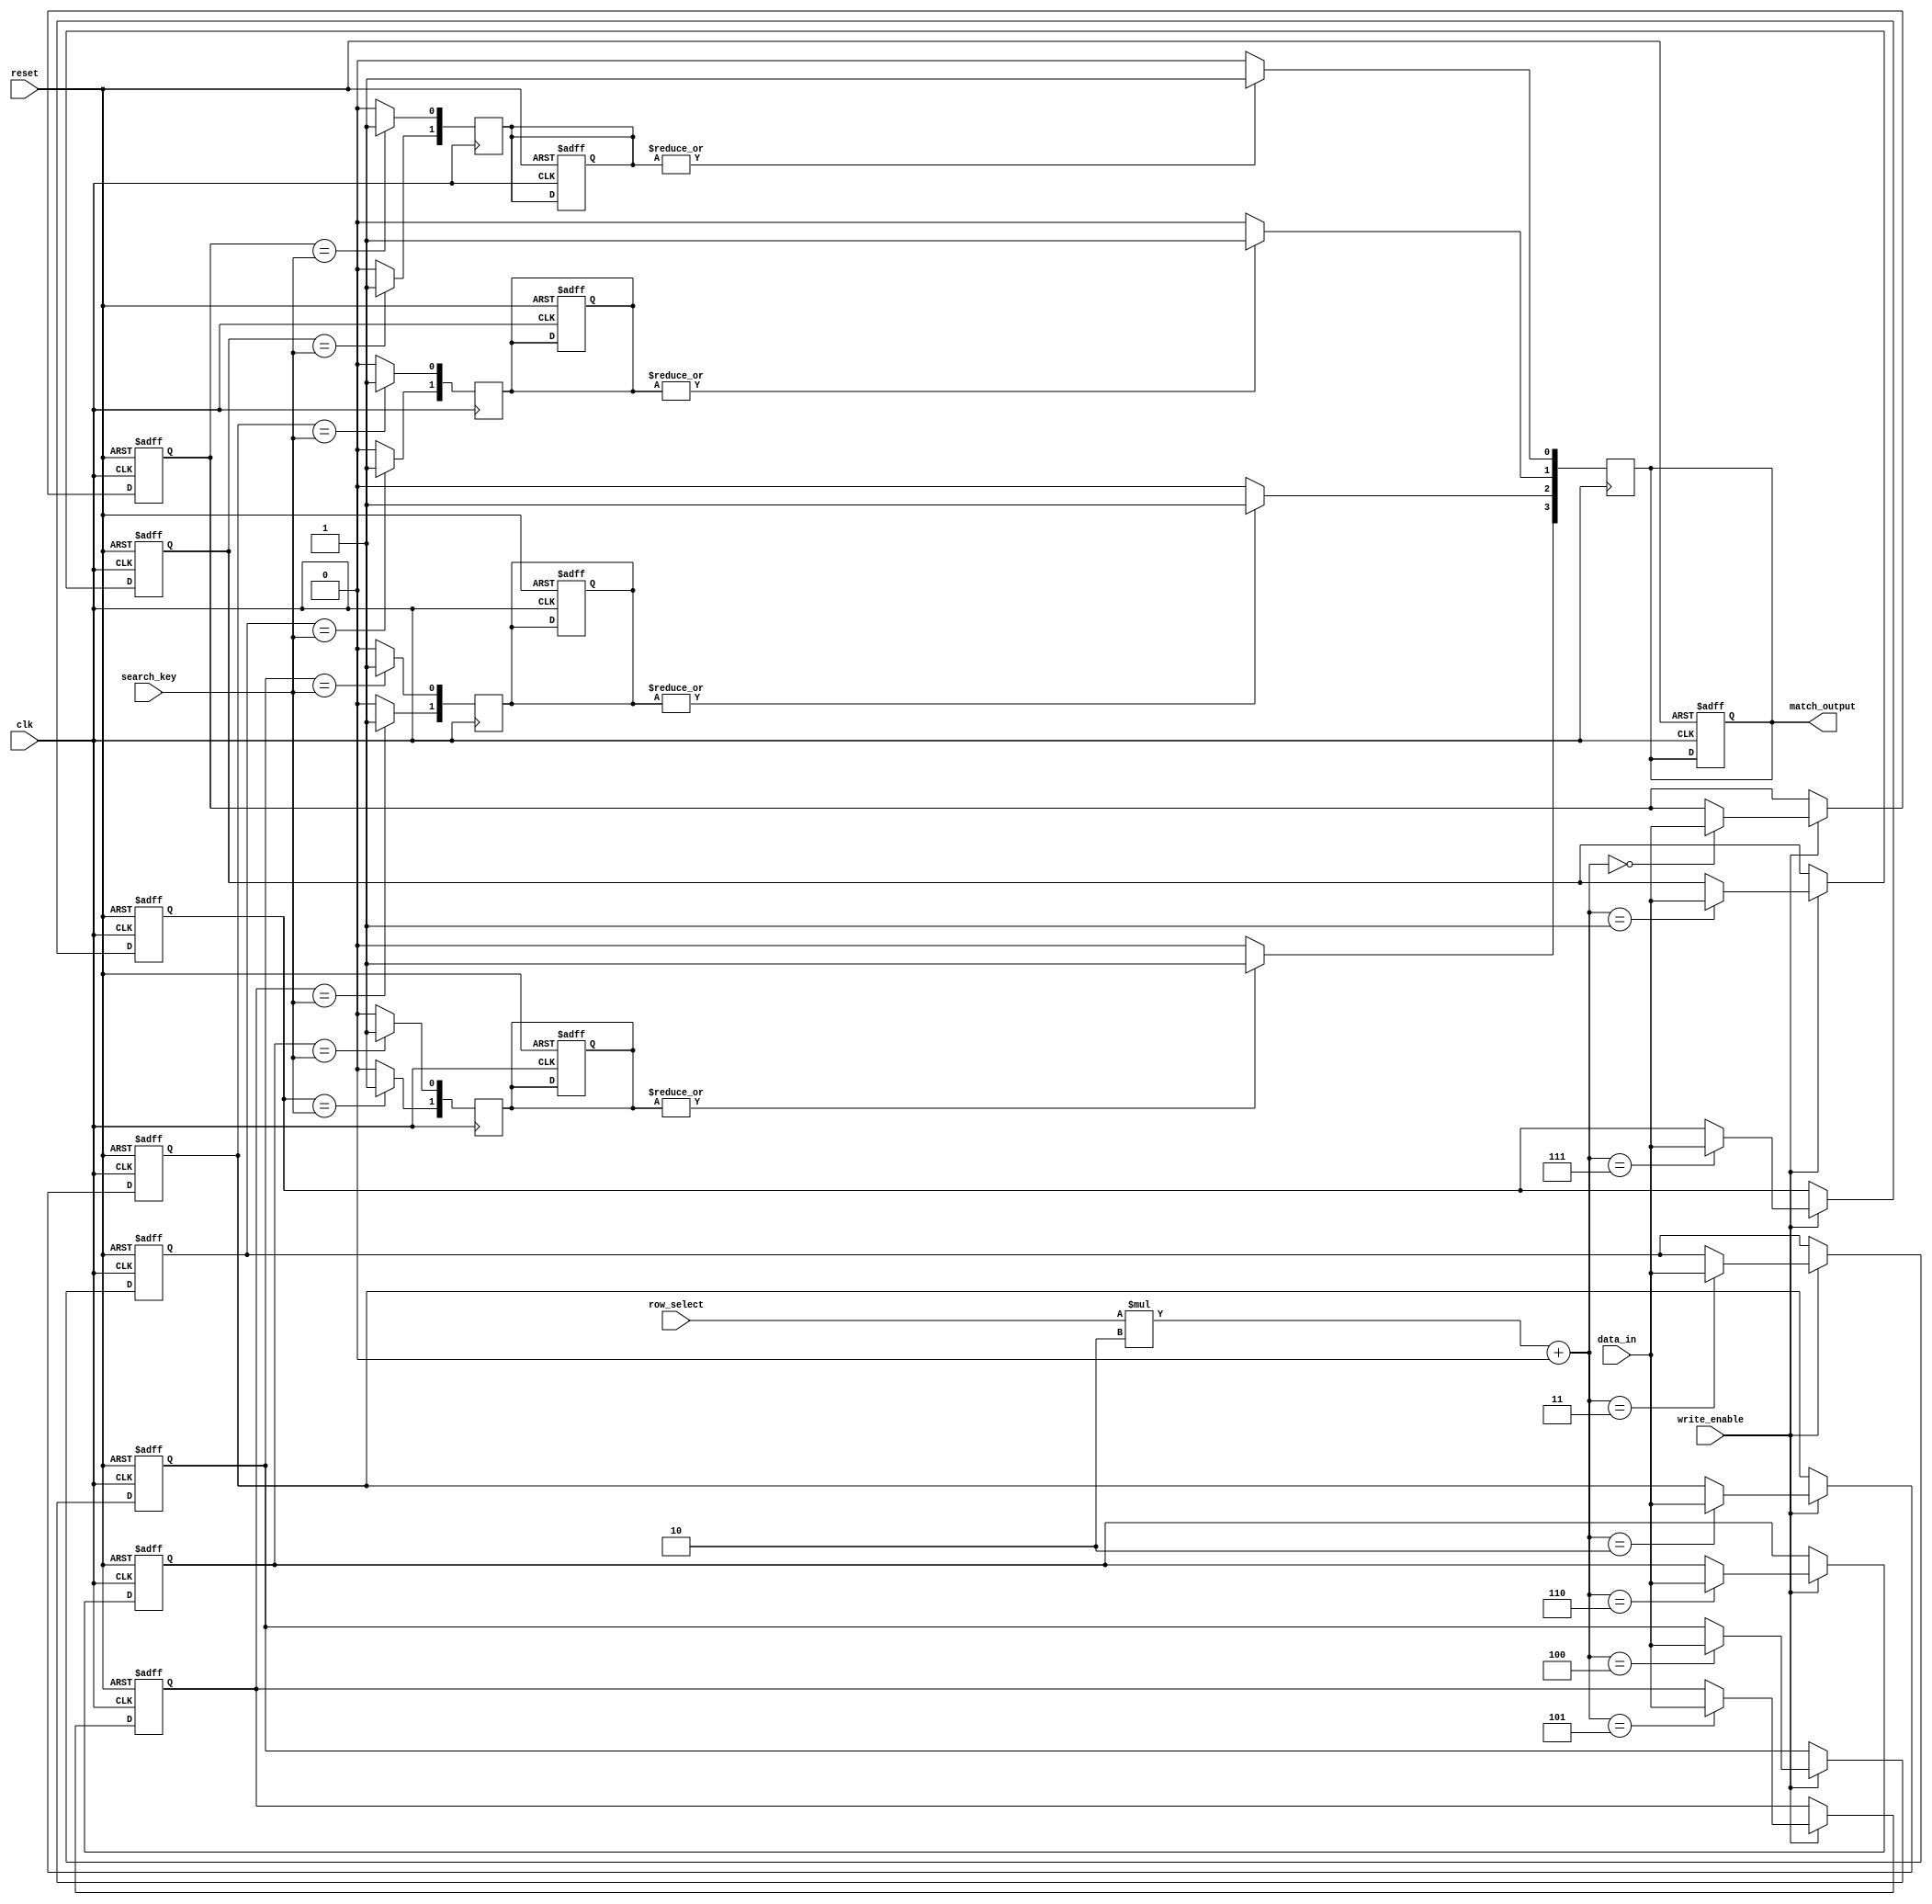
module row_based_cam #(
    parameter DATA_WIDTH = 8,       // Width of data entries
    parameter NUM_ROWS = 4,         // Number of rows in CAM
    parameter ENTRIES_PER_ROW = 2   // Number of entries per row
)(
    input wire clk,
    input wire reset,
    input wire write_enable,
    input wire [DATA_WIDTH-1:0] data_in,   // Data to be written
    input wire [3:0] row_select,            // Which row to write data to
    input wire [DATA_WIDTH-1:0] search_key, // Input value for search
    output reg [NUM_ROWS-1:0] match_output   // Match results for each row
);

    // Memory declaration
    reg [DATA_WIDTH-1:0] mem[NUM_ROWS-1:0][ENTRIES_PER_ROW-1:0]; // CAM entries

    // Match signal generation
    reg [ENTRIES_PER_ROW-1:0] match_signals[NUM_ROWS-1:0]; // Signals for matches within rows

    integer i, j;

    // Write logic
    always @(posedge clk or posedge reset) begin
        if (reset) begin
            // Clear all entries in CAM on reset
            for (i = 0; i < NUM_ROWS; i = i + 1) begin
                for (j = 0; j < ENTRIES_PER_ROW; j = j + 1) begin
                    mem[i][j] <= {DATA_WIDTH{1'b0}};  // Reset entries to 0
                    match_signals[i][j] <= 1'b0;      // Reset match signals
                end
            end
            match_output <= {NUM_ROWS{1'b0}};    // Reset match output
        end else if (write_enable) begin
            // Write data to specific row entry
            mem[row_select][0] <= data_in; // Example, writing to first entry
            // Additional write logic can be added for other entries
        end
    end

    // Search logic
    always @(posedge clk) begin
        // Initialize match output
        match_output <= {NUM_ROWS{1'b0}};
        
        for (i = 0; i < NUM_ROWS; i = i + 1) begin
            // Compare search key with each entry in the row
            for (j = 0; j < ENTRIES_PER_ROW; j = j + 1) begin
                if (mem[i][j] == search_key) begin
                    match_signals[i][j] <= 1'b1; // Match found
                end else begin
                    match_signals[i][j] <= 1'b0; // No match
                end
            end
            
            // If any entry in row i matches, set the match output for this row
            if (|match_signals[i]) begin
                match_output[i] <= 1'b1; // Set match signal for this row
            end
        end
    end

endmodule